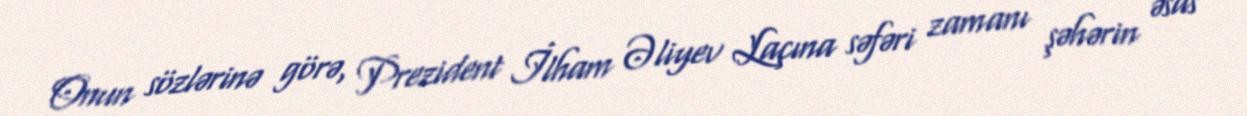
Onun sözlərinə görə, Prezident İlham Əliyev Laçına səfəri zamanı şəhərin əsas